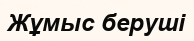
Жұмыс беруші